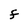
Character: F